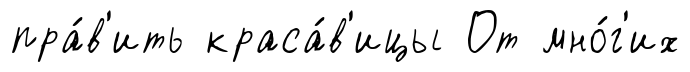
пра́в'ить краса́в'ицы От мно́г'их